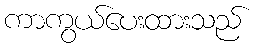
ကာကွယ်ပေးထားသည်